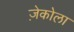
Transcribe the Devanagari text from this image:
ज़ेकोला